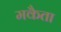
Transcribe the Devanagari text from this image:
मकैता